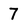
Character: 7